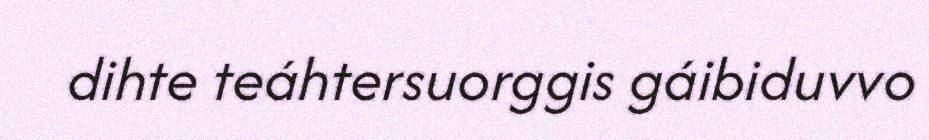
dihte teáhtersuorggis gáibiduvvo